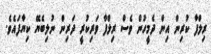
ރިލްފާ ކުރިން އިން ދެމީހުން ވެސް ރިލްފާ ވަރިކުރީ ދަރިން ނުލިބެޔޭ ކިޔާފައެވެ.